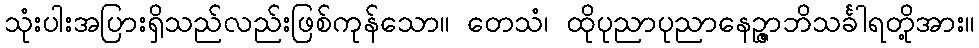
သုံးပါးအပြားရှိသည်လည်းဖြစ်ကုန်သော။ တေသံ၊ ထိုပုညာပုညာနေဉ္ဇာဘိသင်္ခါရတို့အား။